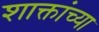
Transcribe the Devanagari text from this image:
शाक्तांच्या